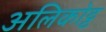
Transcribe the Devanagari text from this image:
अलिकोट्ट